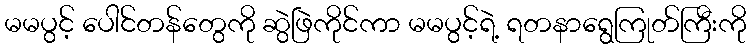
မမပွင့် ပေါင်တန်တွေကို ဆွဲဖြဲကိုင်ကာ မမပွင့်ရဲ့ ရတနာရွေကြုတ်ကြီးကို